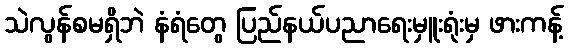
သဲလွန်စမရှိဘဲ နံရံတွေ ပြည်နယ်ပညာရေးမှူးရုံးမှ ဖားကန့်